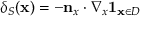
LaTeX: \delta _ { S } ( \mathbf { x } ) = - \mathbf { n } _ { x } \cdot \nabla _ { x } \mathbf { 1 } _ { \mathbf { x } \in D }